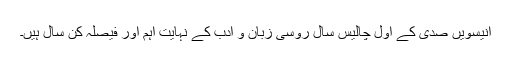
انیسویں صدی کے اول چالیس سال روسی زبان و ادب کے نہایت اہم اور فیصلہ کن سال ہیں۔